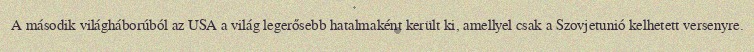
A második világháborúból az USA a világ legerősebb hatalmaként került ki, amellyel csak a Szovjetunió kelhetett versenyre.